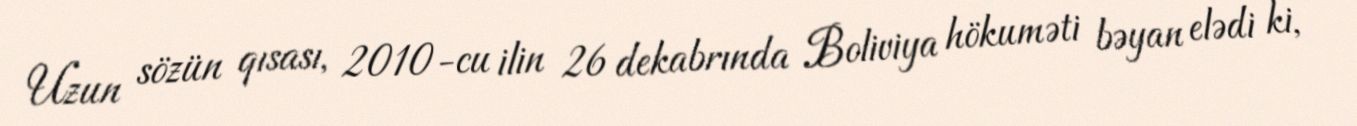
Uzun sözün qısası, 2010-cu ilin 26 dekabrında Boliviya hökuməti bəyan elədi ki,